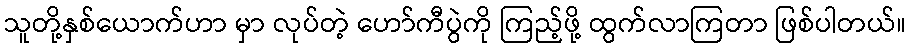
သူတို့နှစ်ယောက်ဟာ မှာ လုပ်တဲ့ ဟော်ကီပွဲကို ကြည့်ဖို့ ထွက်လာကြတာ ဖြစ်ပါတယ်။